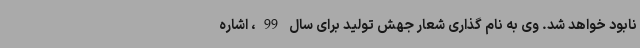
نابود خواهد شد. وی به نام گذاری شعار جهش تولید برای سال 99، اشاره